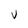
Character: V